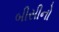
બીસીનો